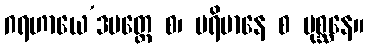
ဂရဟာယေ’ဒမတ္ထေ စ၊ ပရိမာနေ စ ပုစ္ဆနေ။